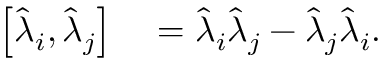
\begin{array} { r l } { \left[ \hat { \lambda } _ { i } , \hat { \lambda } _ { j } \right] } & { { } = \hat { \lambda } _ { i } \hat { \lambda } _ { j } - \hat { \lambda } _ { j } \hat { \lambda } _ { i } . } \end{array}